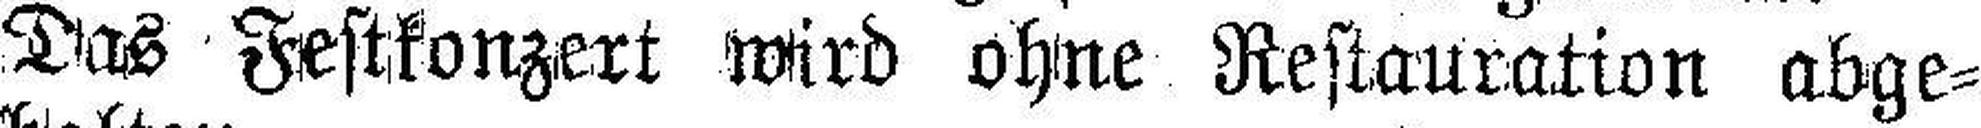
Das Festkonzert wird ohne Restauration abge¬